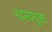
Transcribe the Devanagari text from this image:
रहस्ययुक्त